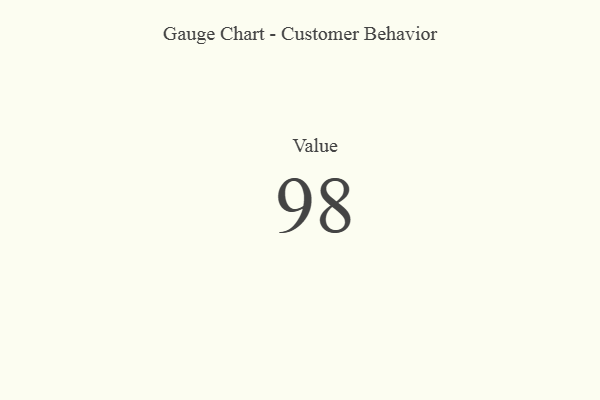
{"axis": {"x": "Metric", "y": "Value"}, "legend": [""], "data": [{"x": "Value", "y": 98, "type": ""}]}